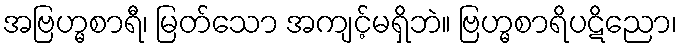
အဗြဟ္မစာရီ၊ မြတ်သော အကျင့်မရှိဘဲ။ ဗြဟ္မစာရိပဋိညော၊